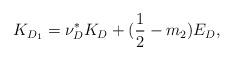
LaTeX: \begin{align*}K_{D_1} = \nu_D^* K_D + (\frac{1}{2} - m_2)E_D, \end{align*}